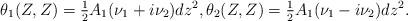
LaTeX: \begin{align*}\theta_1(Z,Z) = \tfrac12 A_1(\nu_1+i\nu_2)dz^2,\theta_2(Z,Z) = \tfrac12 A_1(\nu_1-i\nu_2)dz^2.\end{align*}